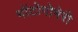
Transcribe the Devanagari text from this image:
मोंटोगोमेरी